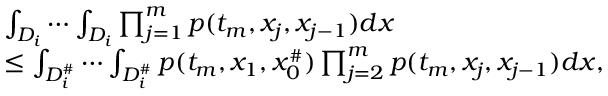
\begin{array} { r l } & { \int _ { D _ { i } } \cdots \int _ { D _ { i } } \prod _ { j = 1 } ^ { m } p ( t _ { m } , x _ { j } , x _ { j - 1 } ) d x } \\ & { \le \int _ { D _ { i } ^ { \# } } \cdots \int _ { D _ { i } ^ { \# } } p ( t _ { m } , x _ { 1 } , x _ { 0 } ^ { \# } ) \prod _ { j = 2 } ^ { m } p ( t _ { m } , x _ { j } , x _ { j - 1 } ) d x , } \end{array}